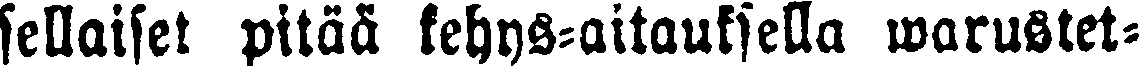
sellaiset pitää kehys-aitauksella warustet-